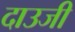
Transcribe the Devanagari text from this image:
दाउजी